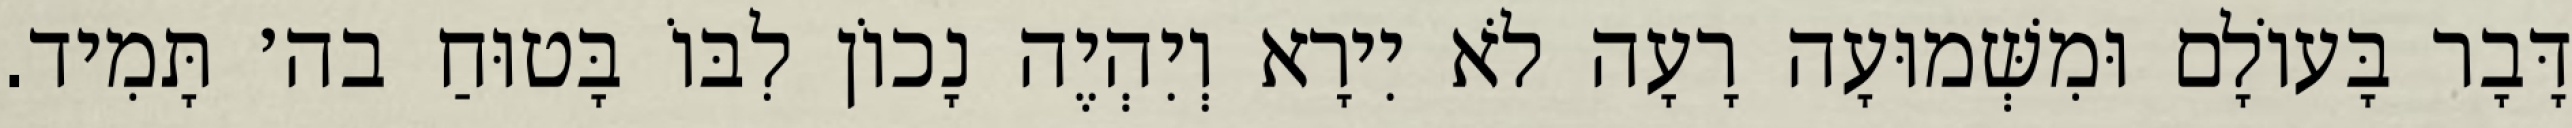
דָּבָר בָּעוֹלָם וּמִשְּׁמוּעָה רָעָה לֹא יִירָא וְיִהְיֶה נָכוֹן לִבּוֹ בָּטוּחַ בה׳ תָּמִיד.